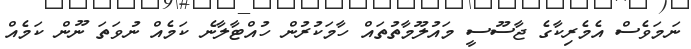
ނަމަވެސް އެމެރިކާގެ ޖާސޫސީ މައުލޫމާތުތައް ހާމަކުރުން ހުއްޓާލާނެ ކަމެއް ނުވަތަ ނޫން ކަމެއް